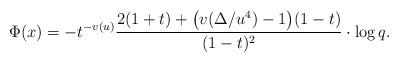
LaTeX: \begin{align*}\Phi(x)=- t^{-v(u)} \frac{2 (1+ t) + \bigl(v(\Delta/u^4)-1\bigr)(1- t)}{(1 - t)^2}\cdot \log q.\end{align*}